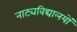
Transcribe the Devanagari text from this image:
नाट्यविद्यालयों